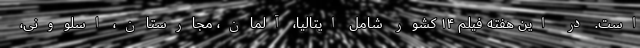
است. در این هفته فیلم ۱۴ کشور شامل ایتالیا، آلمان، مجارستان، اسلوونی،